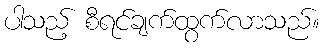
ပါသည့် စီရင်ချက်ထွက်လာသည်။